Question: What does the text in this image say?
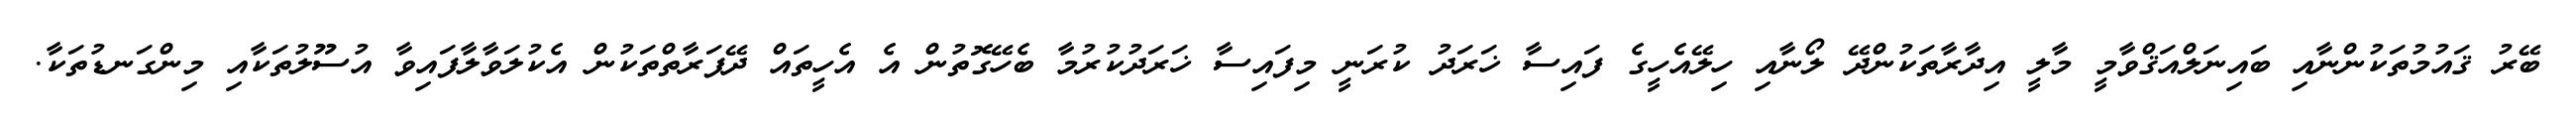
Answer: ބޭރު ޤައުމުތަކުންނާއި ބައިނަލްއަޤްވާމީ މާލީ އިދާރާތަކުންދޭ ލޯނާއި ހިލޭއެހީގެ ފައިސާ ޚަރަދު ކުރަނީ މިފައިސާ ޚަރަދުކުރުމާ ބެހޭގޮތުން އެ އެހީތައް ދޭފަރާތްތަކުން އެކުލަވާލާފައިވާ އުސޫލުތަކާއި މިންގަނޑުތަކާ.